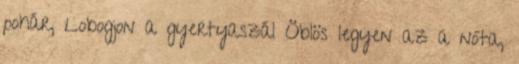
pohár, Lobogjon a gyertyaszál Öblös legyen az a nóta,